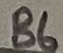
Text: B6